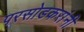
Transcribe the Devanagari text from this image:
परसोडकरांनी